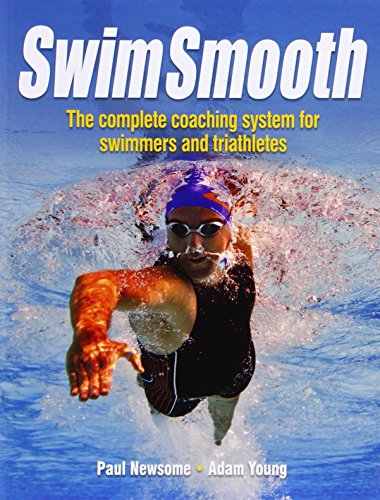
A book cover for Swim Smooth: The Complete Coaching System for Swimmers and Triathletes; Paul Newsome; Health, Fitness & Dieting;